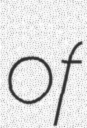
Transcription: of